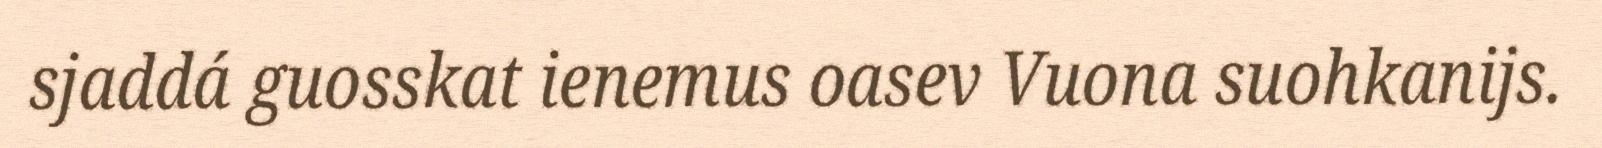
sjaddá guosskat ienemus oasev Vuona suohkanijs.